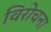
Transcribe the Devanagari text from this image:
विरोचना